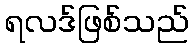
ရလဒ်ဖြစ်သည်